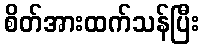
စိတ်အားထက်သန်ပြီး